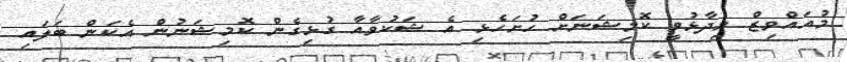
މުއައްވިޒް ވިދާޅުވީ ކޮމިޝަނަށް ހުށަހެޅި އެ ޝަކުވާއާ ގުޅިގެން ކޮމިޝަނުން އެކަން ބަލައި